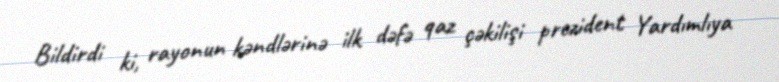
Bildirdi ki, rayonun kəndlərinə ilk dəfə qaz çəkilişi prezident Yardımlıya